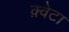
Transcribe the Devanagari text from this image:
क़्वेटा